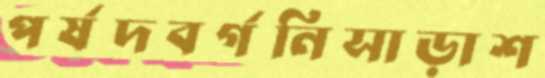
পর্ষদবর্গনিসাড়াশ